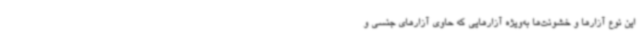
این نوع آزارها و خشونت‌ها به‌ویژه آزارهایی که حاوی آزارهای جنسی و